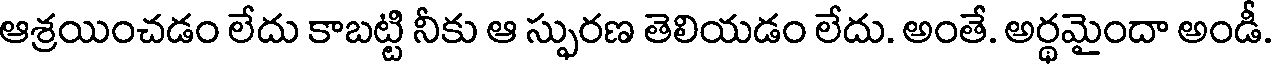
ఆశ్రయించడం లేదు కాబట్టి నీకు ఆ స్ఫురణ తెలియడం లేదు. అంతే. అర్థమైందా అండీ